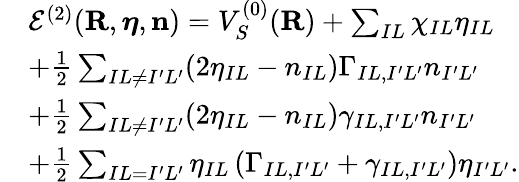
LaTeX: \begin{array}{rl}&{{\cal E}^{(2)}({\mathbf R},{\boldsymbol\eta},{\mathbf n})=V_{S}^{(0)}({\mathbf R})+\sum_{IL}\chi_{IL}\eta_{IL}}\\ &{+\frac{1}{2}\sum_{IL\ne I^{\prime}L^{\prime}}(2\eta_{IL}-n_{IL})\Gamma_{IL,I^{\prime}L^{\prime}}n_{I^{\prime}L^{\prime}}}\\ &{+\frac{1}{2}\sum_{IL\ne I^{\prime}L^{\prime}}(2\eta_{IL}-n_{IL})\gamma_{IL,I^{\prime}L^{\prime}}n_{I^{\prime}L^{\prime}}}\\ &{+\frac{1}{2}\sum_{IL=I^{\prime}L^{\prime}}\eta_{IL}\left(\Gamma_{IL,I^{\prime}L^{\prime}}+\gamma_{IL,I^{\prime}L^{\prime}}\right)\eta_{I^{\prime}L^{\prime}}.}\end{array}